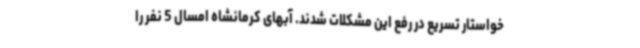
خواستار تسریع در رفع این مشکلات شدند. آبهای کرمانشاه امسال 5 نفر را